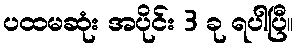
ပထမဆုံး အပိုင်း 3 ခု ရပါပြီ။